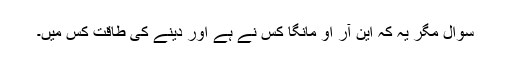
سوال مگر یہ کہ این آر او مانگا کس نے ہے اور دینے کی طاقت کس میں۔